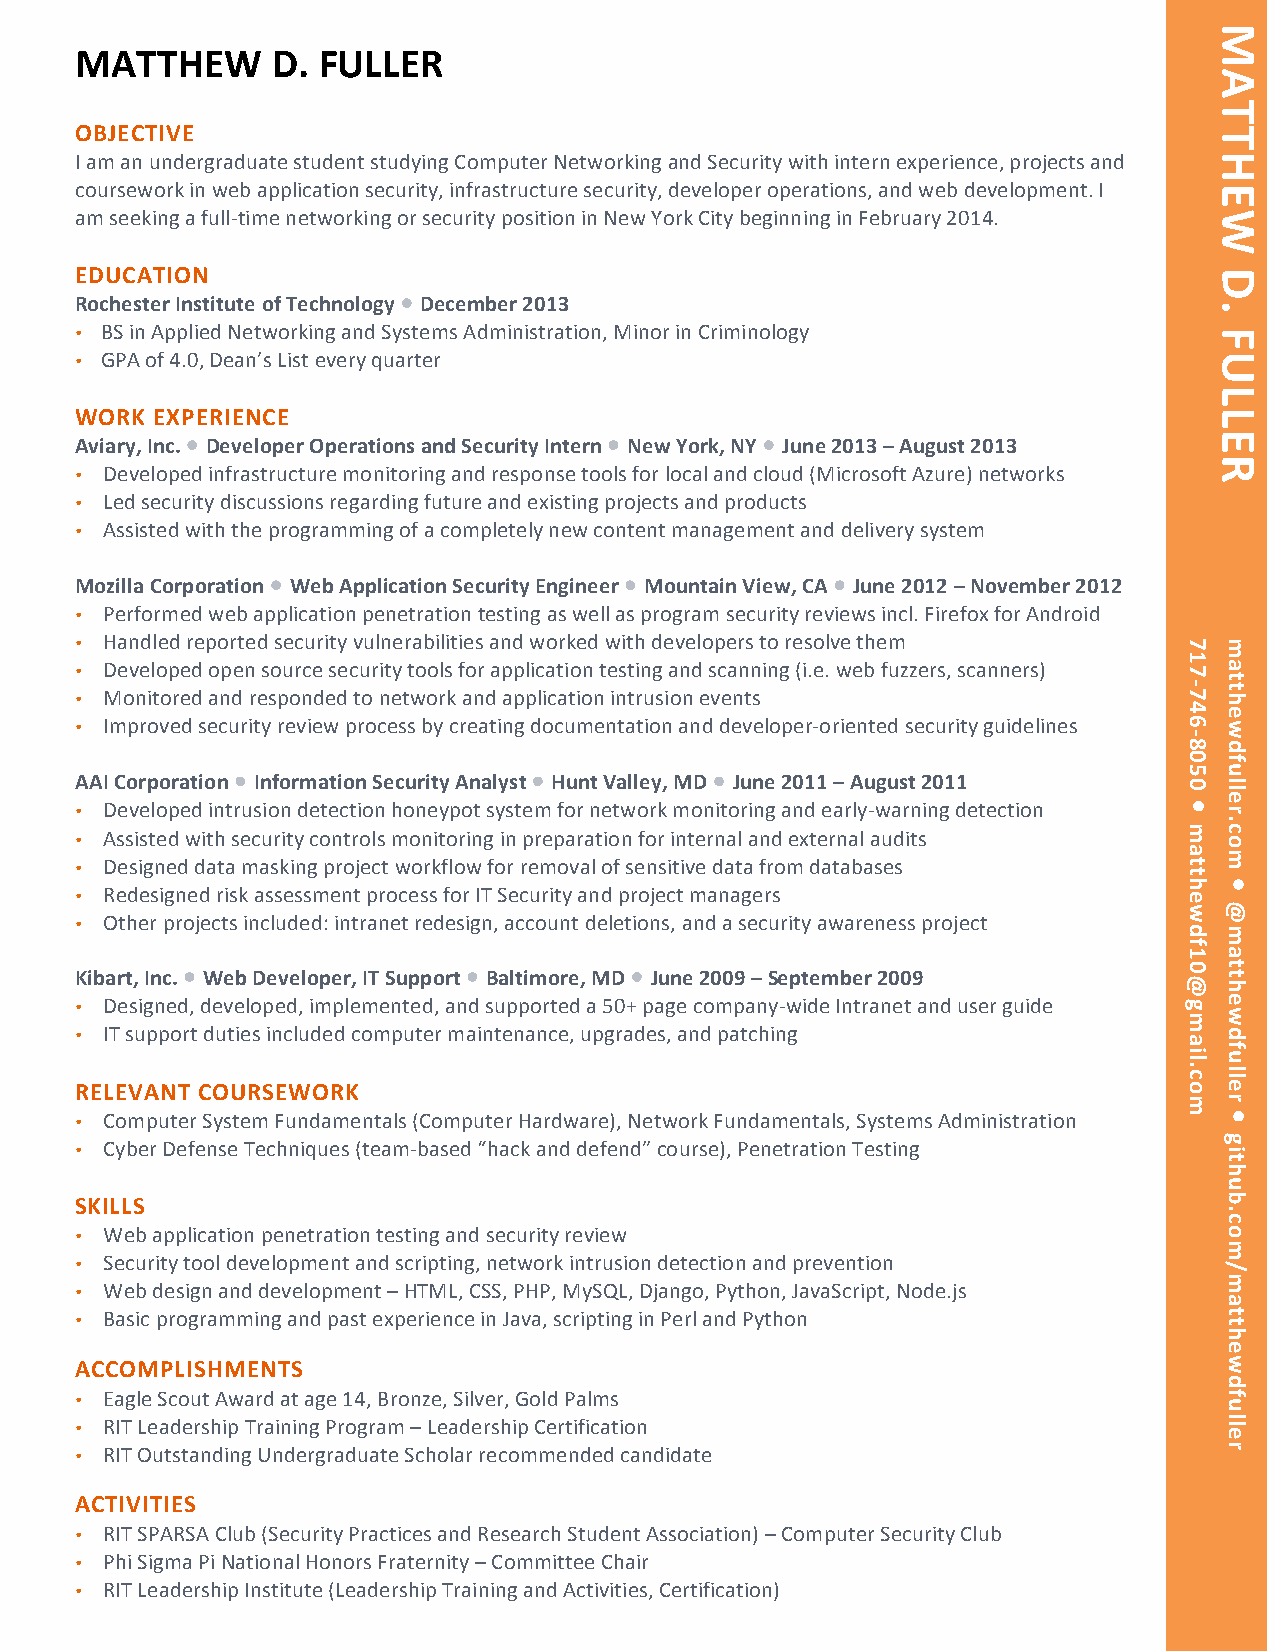
MATTHEW      D. FULLER
 OBJECTIVE
 I am an undergraduate student studying Computer Networking and Security with intern experience, projects and
 coursework in web application security, infrastructure security, developer operations, and web development. I
 am seeking a full-­‐time networking or security position in New York City beginning in February 2014.
 EDUCATION
 Rochester Institute of Technology  December 2013
 • BS in Applied Networking and Systems Administration, Minor in Criminology
 • GPA of 4.0, Dean’s List every quarter
 WORK EXPERIENCE
 Aviary, Inc.  Developer Operations and Security Intern  New York, NY  June 2013 – August 2013
 • Developed infrastructure monitoring and response tools for local and cloud (Microsoft Azure) networks
 • Led security discussions regarding future and existing projects and products
 • Assisted with the programming of a completely new content management and delivery system
 Mozilla Corporation  Web Application Security Engineer  Mountain View, CA  June 2012 – November 2012
 • Performed web application penetration testing as well as program security reviews incl. Firefox for Android
 • Handled reported security vulnerabilities and worked with developers to resolve them
 • Developed open source security tools for application testing and scanning (i.e. web fuzzers, scanners)
 • Monitored and responded to network and application intrusion events
 • Improved security review process by creating documentation and developer-­‐oriented security guidelines
 AAI Corporation  Information Security Analyst  Hunt Valley, MD  June 2011 – August 2011
 • Developed intrusion detection honeypot system for network monitoring and early-­‐warning detection
 • Assisted with security controls monitoring in preparation for internal and external audits
 • Designed data masking project workflow for removal of sensitive data from databases
 • Redesigned risk assessment process for IT Security and project managers
 • Other projects included: intranet redesign, account deletions, and a security awareness project
 Kibart, Inc.  Web Developer, IT Support  Baltimore, MD  June 2009 – September 2009
 • Designed, developed, implemented, and supported a 50+ page company-­‐wide Intranet and user guide
 • IT support duties included computer maintenance, upgrades, and patching
 RELEVANT COURSEWORK
 • Computer System Fundamentals (Computer Hardware), Network Fundamentals, Systems Administration
 • Cyber Defense Techniques (team-­‐based “hack and defend” course), Penetration Testing
 SKILLS
 • Web application penetration testing and security review
 • Security tool development and scripting, network intrusion detection and prevention
 • Web design and development – HTML, CSS, PHP, MySQL, Django, Python, JavaScript, Node.js
 • Basic programming and past experience in Java, scripting in Perl and Python
 ACCOMPLISHMENTS
 • Eagle Scout Award at age 14, Bronze, Silver, Gold Palms
 • RIT Leadership Training Program – Leadership Certification
 • RIT Outstanding Undergraduate Scholar recommended candidate
 ACTIVITIES
 • RIT SPARSA Club (Security Practices and Research Student Association) – Computer Security Club
 • Phi Sigma Pi National Honors Fraternity – Committee Chair
 • RIT Leadership Institute (Leadership Training and Activities, Certification)
 717-­‐746-­‐8050
 
 matthewdf10@gmail.com
 MATTHEW
 D.
 FULLER
 matthewdfuller.com
 
 @matthewdfuller
 
 github.com/matthewdfuller